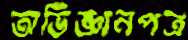
অভিজ্ঞানপত্র